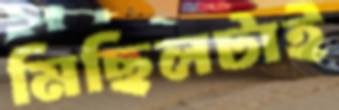
মিছিলটাই